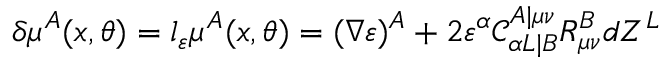
\delta \mu ^ { A } ( x , \theta ) = l _ { \varepsilon } \mu ^ { A } ( x , \theta ) = ( \nabla \varepsilon ) ^ { A } + 2 \varepsilon ^ { \alpha } \mathcal { C } _ { \alpha L | B } ^ { A | \mu \nu } R _ { \mu \nu } ^ { B } d Z ^ { L }